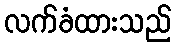
လက်ခံထားသည်